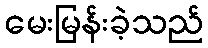
မေးမြန်းခဲ့သည်